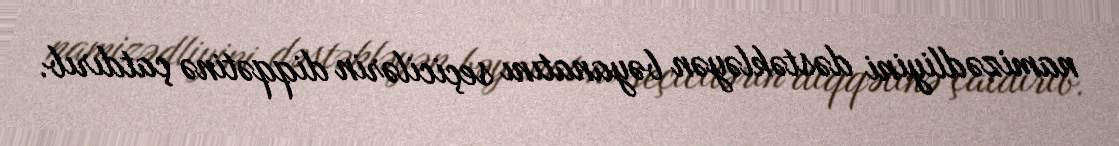
namizədliyini dəstəkləyən bəyanatını seçicilərin diqqətinə çatdırıb.